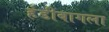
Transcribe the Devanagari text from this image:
हंडीबागला